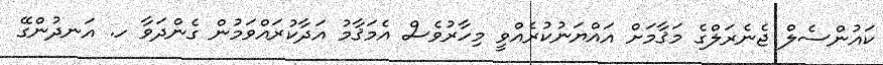
ކައުންސެލް ޖެނެރަލްގެ މަޤާމަށް އައްޔަނުކުރެއްވީ މިހާރުވެސް އެމަޤާމު އަދާކުރައްވަމުން ގެންދަވާ ހ. އަނދުންގޭ